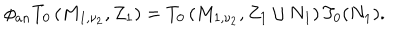
\phi _ { a n } T _ { 0 } \left( M _ { 1 , \nu _ { 2 } } , Z _ { 1 } \right) = T _ { 0 } \left( M _ { 1 , \nu _ { 2 } } , Z _ { 1 } \cup N _ { 1 } \right) T _ { 0 } ( N _ { 1 } ) .